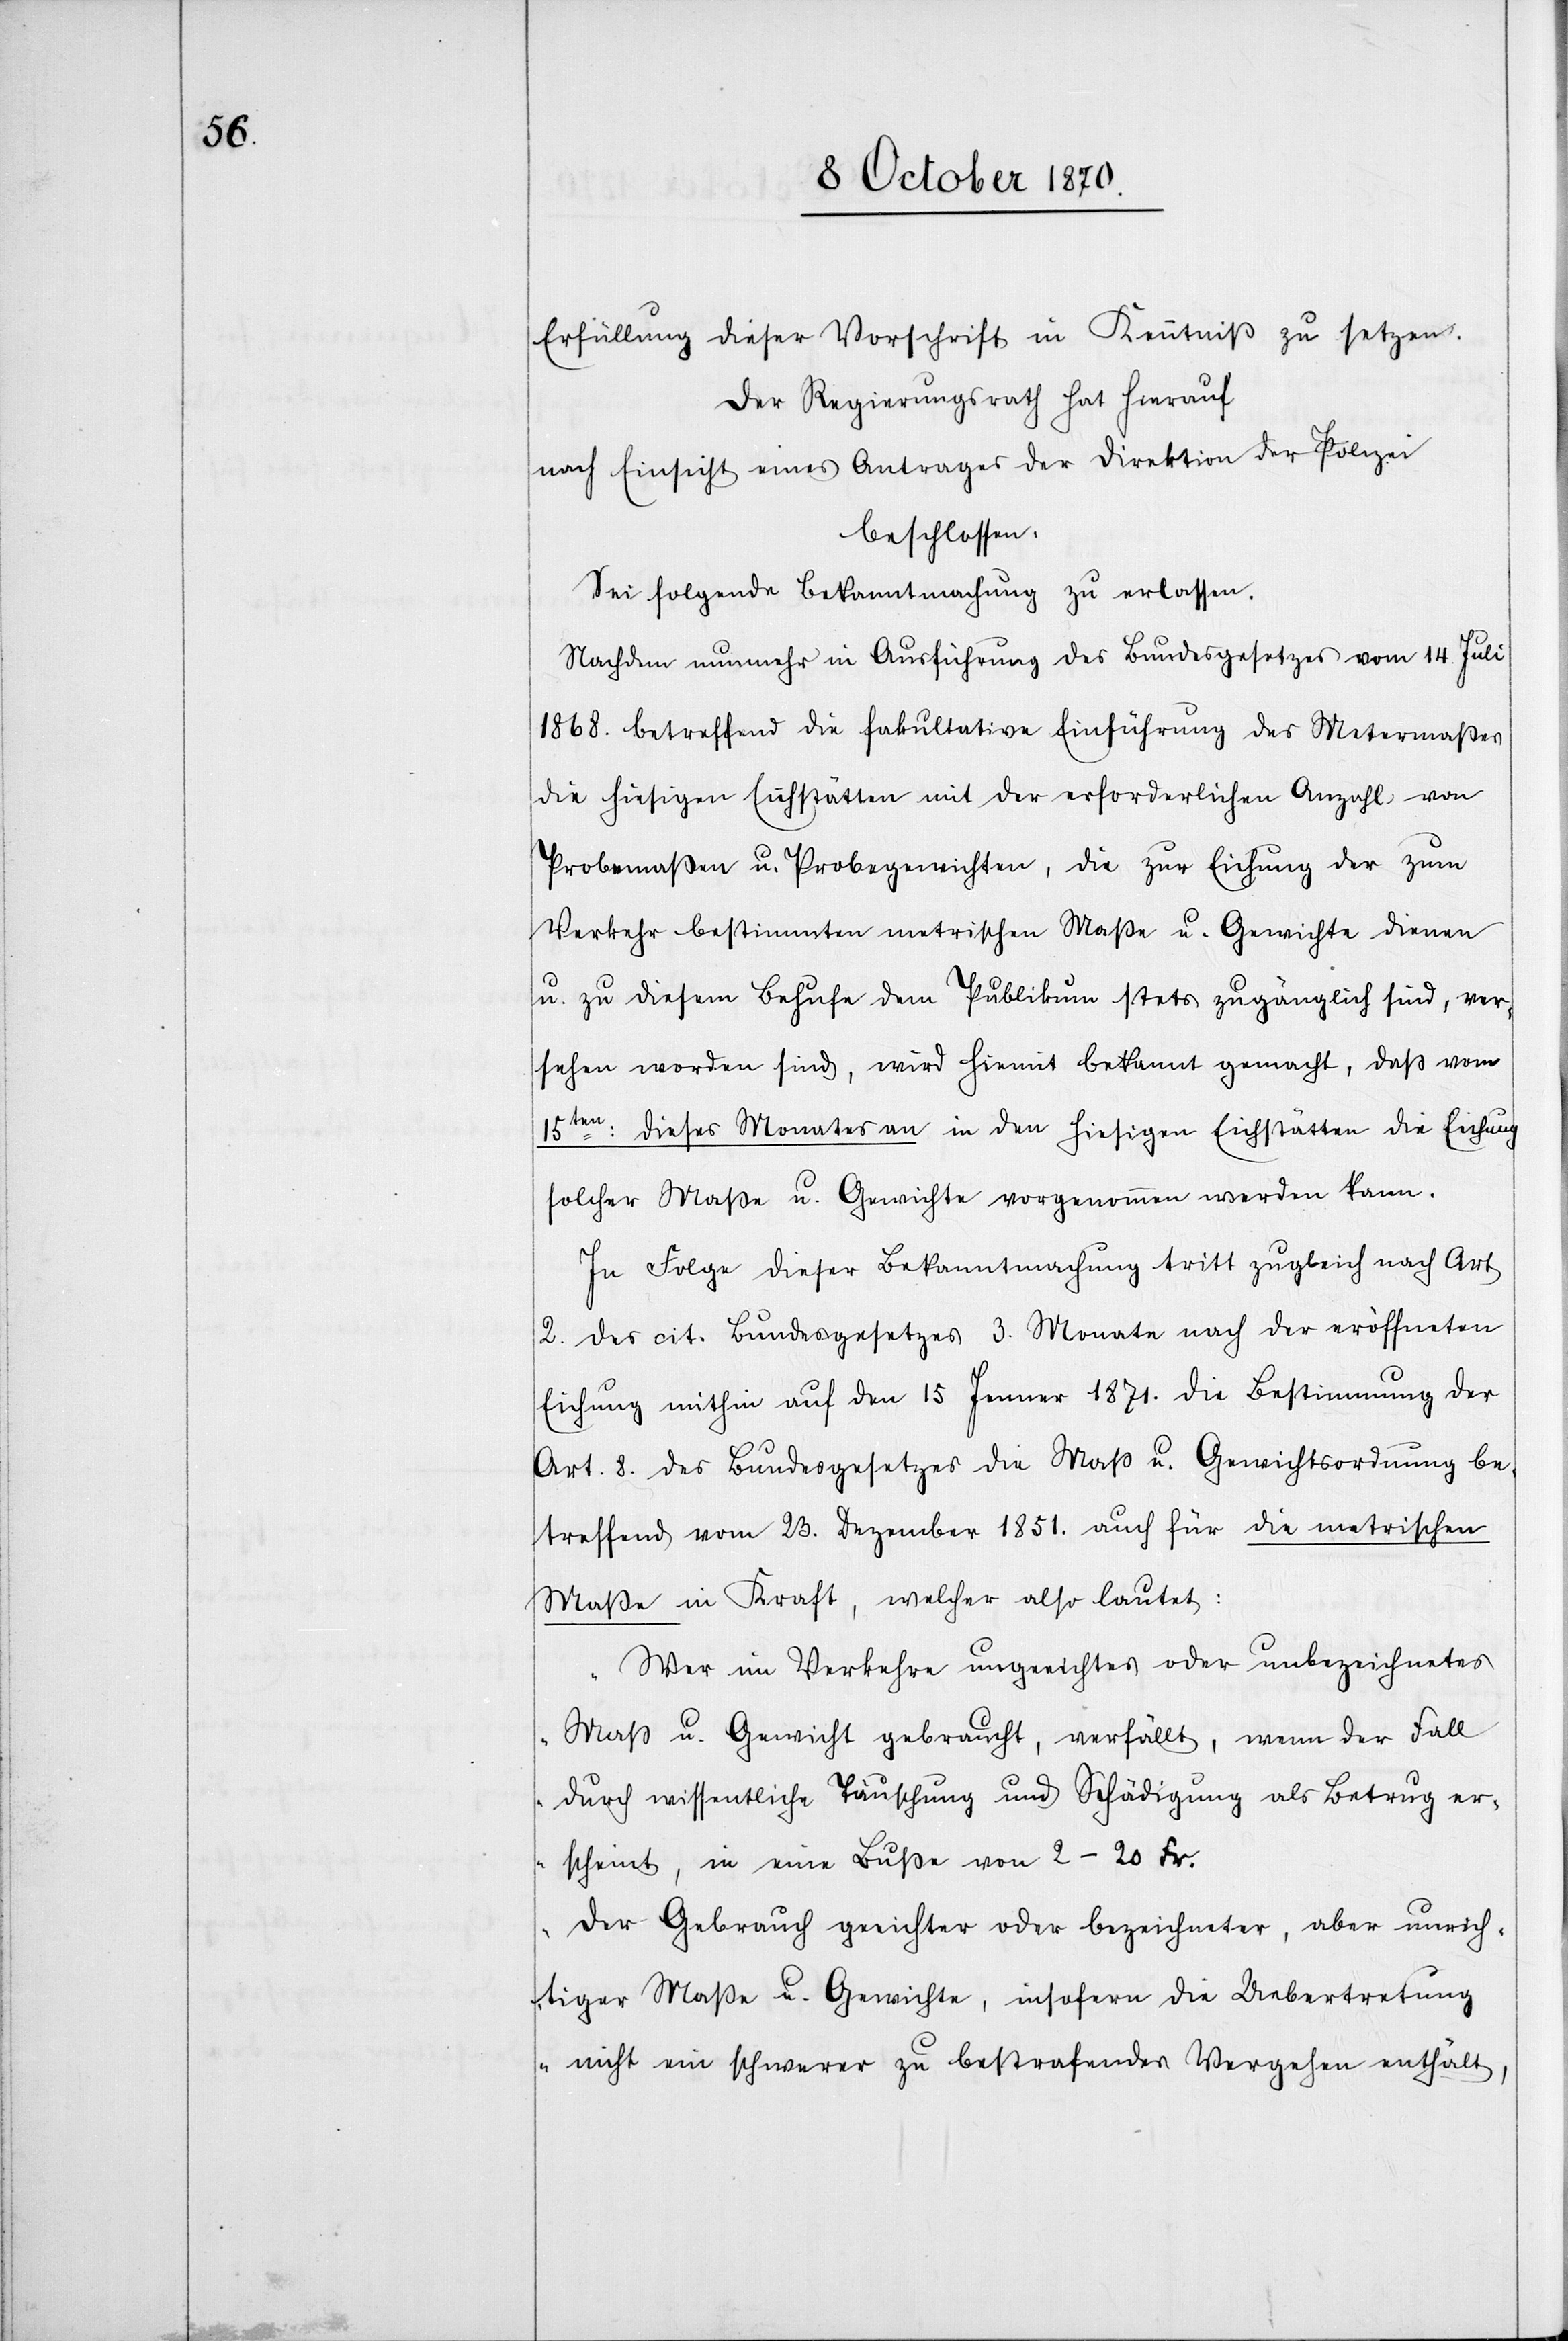
Erfüllung dieser Vorschrift in Kenntniß zu setzen.
Der Regierungsrath hat hierauf
nach Einsicht eines Antrages der Direktion der Polizei
beschlossen:
Sei folgende Bekanntmachung zu erlassen.
Nachdem nunmehr in Ausführung des Bundesgesetzes vom 14. Juli
1868. betreffend die fakultative Einführung des Metermaßes
die hiesigen Eichstätten mit der erforderlichen Anzahl von
Probemaßen u. Probegewichten, die zur Eichung der zum
Verkehr bestimmten metrischen Maße u. Gewichte dienen
u. zu diesem Behufe dem Publikum stets zugänglich sind, ver¬
sehen worden sind, wird hiemit bekannt gemacht, daß vom
15ten: dieses Monates an in den hiesigen Eichstätten die Eichung
solcher Maße u. Gewichte vorgenommen werden kann.“
In Folge dieser Bekanntmachung tritt zugleich nach Art
2. des cit. Bundesgesetzes 3. Monate nach der eröffneten
Eichung mithin auf den 15 Jenner 1871. die Bestimmung des
Art. 8. des Bundesgesetzes die Maß u. Gewichtsordnung be¬
treffend vom 23. Dezember 1851 auch für die metrischen
Maße in Kraft, welche also lautet:
„Wer im Verkehre ungeeichtes oder unbezeichnetes
Maß u. Gewicht gebraucht, verfällt, wenn der Fall
durch wissentliche Täuschung und Schädigung als Betrug er¬
scheint, in eine Buße von 2–20 Fr.
Der Gebrauch geeichter oder bezeichneter, aber unrich¬
tiger Maße u. Gewichte, insofern die Uebertretung
nicht ein schwerer zu bestrafendes Vergehen enthält,